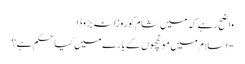
واضح رہے کہ میں شام کو روزانہ بڑوڈا
- اسلام میں مونچھوں کے بارے میں کیا حکم ہے؟